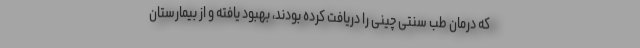
که درمان طب سنتی چینی را دریافت کرده بودند، بهبود یافته و از بیمارستان